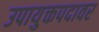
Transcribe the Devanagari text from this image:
उपायुक्तपदावर